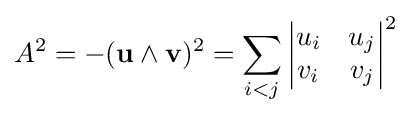
A^{2}=-(\mathbf {u} \wedge \mathbf {v} )^{2}=\sum _{i<j}{\begin{vmatrix}u_{i}&u_{j}\\v_{i}&v_{j}\end{vmatrix}}^{2}